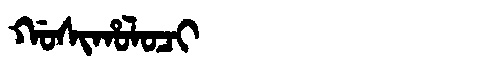
Manchu: ᡤᠣᠰᡳᡥᠣᠯᠣᠴᡳ
Romanization: GOSIHOLOCI